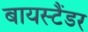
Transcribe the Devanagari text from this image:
बायस्टैंडर